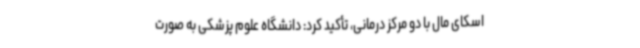
اسکای مال با دو مرکز درمانی، تأکید کرد: دانشگاه علوم پزشکی به صورت